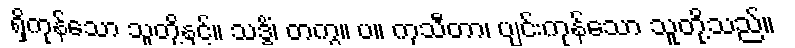
ရှိကုန်သော သူတို့နှင့်။ သဒ္ဓိံ၊ တကွ။ ပ။ ကုသီတာ၊ ပျင်းကုန်သော သူတို့သည်။